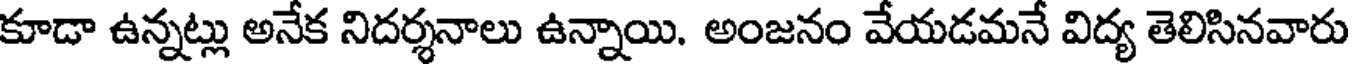
కూడా ఉన్నట్లు అనేక నిదర్శనాలు ఉన్నాయి. అంజనం వేయడమనే విద్య తెలిసినవారు